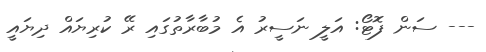
--- ސަން ފޮޓޯ: އަލީ ނަސީރު އެ މުބާރާތުގައި ރޭ ކުރިޔައް ދިޔައީ